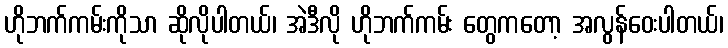
ဟိုဘက်ကမ်းကိုသာ ဆိုလိုပါတယ်၊ အဲဒီလို ဟိုဘက်ကမ်း တွေကတော့ အလွန်ဝေးပါတယ်၊